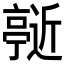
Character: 𬽞